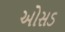
ઓસડ